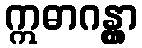
ဣဓာဂန္တွာ